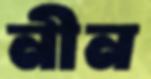
নীন